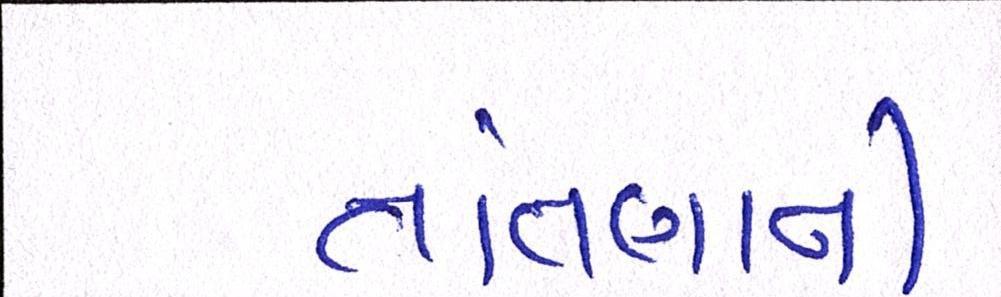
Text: તાંતણાની